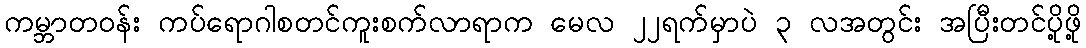
ကမ္ဘာတဝန်း ကပ်ရောဂါစတင်ကူးစက်လာရာက မေလ ၂၂ရက်မှာပဲ ၃ လအတွင်း အပြီးတင်ပို့ဖို့